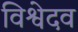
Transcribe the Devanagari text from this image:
विश्वेदव